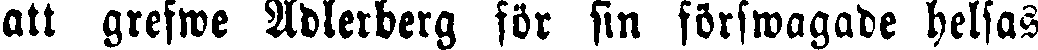
att grefwe Adlerberg för sin förswagade helsas